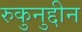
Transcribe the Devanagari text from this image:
रुकुनुद्दीन